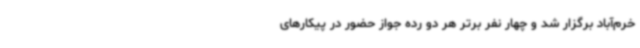
خرم‌آباد برگزار شد و چهار نفر برتر هر دو رده جواز حضور در پیکارهای